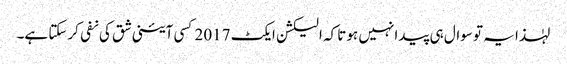
لہٰذا یہ تو سوال ہی پیدا نہیں ہوتا کہ الیکشن ایکٹ 2017 کسی آئینی شق کی نفی کرسکتا ہے۔